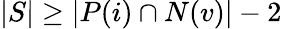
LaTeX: |S|\geq|P(i)\cap N(v)|-2